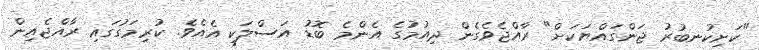
"ކަށިކުނބުރު ޖަންގައްޔަކަށް" ރާއްޖެވެގެން ދިއުމުގެ އެންމެ ބޮޑު އަަސްލަކީ އެއެވެ. ކުރިމަގުގައި ރާއްޖެއިން